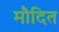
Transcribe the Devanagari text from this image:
मौदित